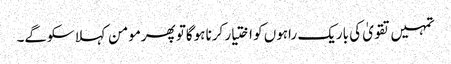
تمہیں تقویٰ کی باریک راہوں کو اختیار کرنا ہوگاتو پھرمومن کہلا سکوگے۔